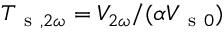
T _ { \mathrm { ~ s ~ } , 2 \omega } = V _ { 2 \omega } / ( \alpha V _ { \mathrm { ~ s ~ } 0 } )